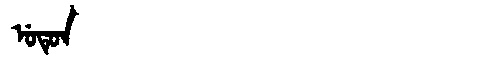
Manchu: ᡠᡨᡠᠨ
Romanization: UTUN